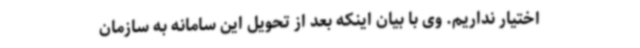
اختیار نداریم. وی با بیان اینکه بعد از تحویل این سامانه به سازمان